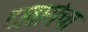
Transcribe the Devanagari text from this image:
दातारांचा